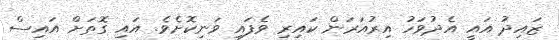
ޒައިދު އައީ އެދުވަހު އިރުއަރަން ކައިރި ވެފައި ވަނިކޮށެވެ. އައި ގޮތަށް އައިސް